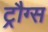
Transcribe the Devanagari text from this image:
ट्रौग्स